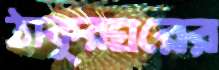
ঠাকুরঘরের